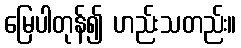
မြေပါတုန်၍ ဟည်းသတည်း။